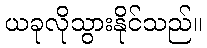
ယခုလိုသွားနိုင်သည်။